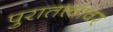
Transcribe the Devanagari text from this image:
पुरातत्त्वावर